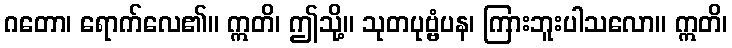
ဂတော၊ ရောက်လေ၏။ ဣတိ၊ ဤသို့။ သုတပုဗ္ဗံပန၊ ကြားဘူးပါသလော။ ဣတိ၊